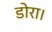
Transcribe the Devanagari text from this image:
डोरा।